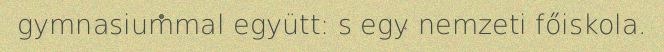
gymnasiummal együtt: s egy nemzeti főiskola.